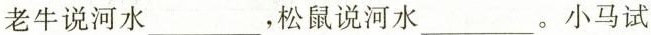
老牛说河水___，松鼠说河水___。小马试